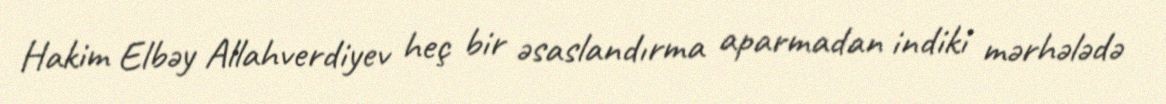
Hakim Elbəy Allahverdiyev heç bir əsaslandırma aparmadan indiki mərhələdə